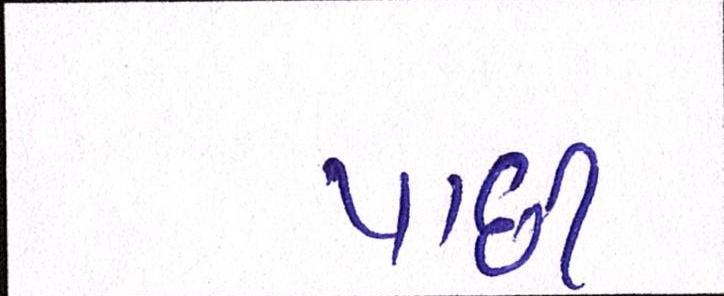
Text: પાછી